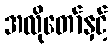
အလိုတော်နှင့်